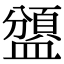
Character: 𥂾